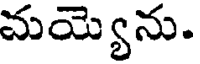
మయ్యెను.